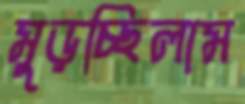
মুড়চ্ছিলাম